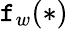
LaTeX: \mathtt{f}_{w}(*)